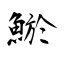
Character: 鯲